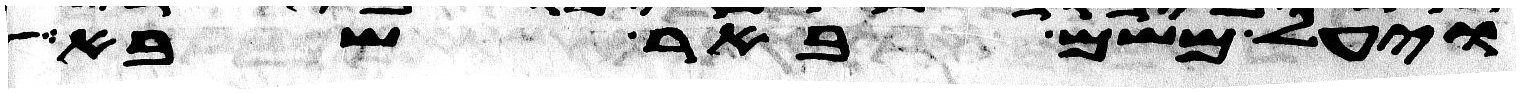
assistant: ויעל משם באר שבע